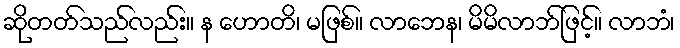
ဆိုတတ်သည်လည်း။ န ဟောတိ၊ မဖြစ်။ လာဘေန၊ မိမိလာဘ်ဖြင့်။ လာဘံ၊